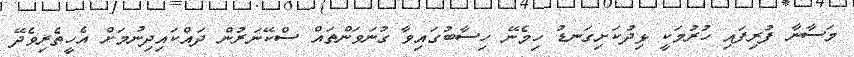
މަސާނާ ފުރިފައި ހުރުމަކީ ޅިދުކަށިގަނޑު ހިމެނޭ ހިސާބުގައިވާ ގުނަވަންތައް ސްކޭނަރުން ދައްކައިދިނުމަށް އެހީތެރިވެދޭ